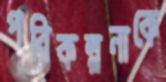
পরিকল্পনাকে